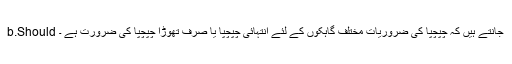
b.Should جانتے ہیں کہ چپچپا کی ضروریات مختلف گاہکوں کے لئے انتہائی چپچپا یا صرف تھوڑا چپچپا کی ضرورت ہے ۔